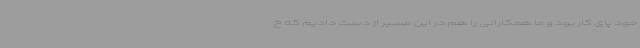
خود پای کار بود و ما همکارانی را هم در این مسیر از دست دادیم که خ